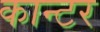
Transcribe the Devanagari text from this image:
कान्टर